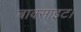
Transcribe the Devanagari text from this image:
बाक्साइट।